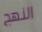
النهج